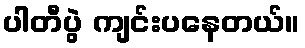
ပါတီပွဲ ကျင်းပနေတယ်။